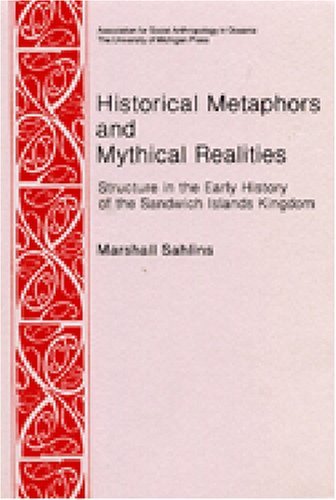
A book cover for Historical Metaphors and Mythical Realities: Structure in the Early History of the Sandwich Islands Kingdom (Asao Special Publications ; No. 1) [Paperback] [1981] (Author) Marshall D. Sahlins; History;